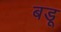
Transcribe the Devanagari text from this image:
बडू